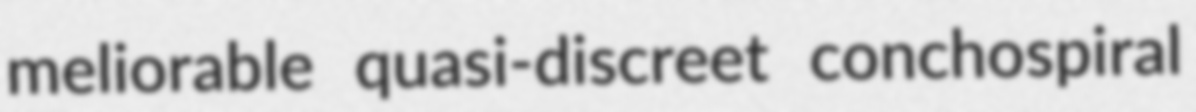
meliorable quasi-discreet conchospiral